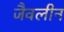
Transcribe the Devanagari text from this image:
जैवलीन